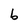
Character: b